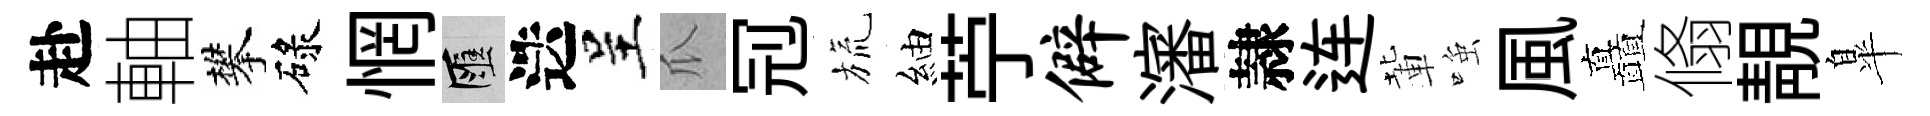
赴軸攀碌惘匯迭呈瓜𠜍旒紬苧僻瀋隷连輩𫪻風矗翛靚臯